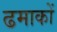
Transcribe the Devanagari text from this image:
ढमाकों